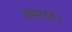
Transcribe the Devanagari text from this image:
ठहराइ।